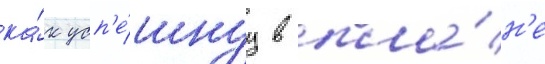
ка́к усп'е́шнуу в пла́н'е